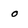
Character: o